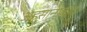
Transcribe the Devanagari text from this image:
अहसानाबाद